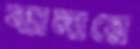
ব্যানারে